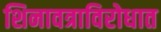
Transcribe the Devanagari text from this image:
शिनावत्राविरोधात